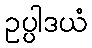
ဥပ္ပါဒယံ